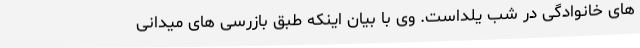
های خانوادگی در شب یلداست. وی با بیان اینکه طبق بازرسی های میدانی